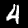
Label: 4